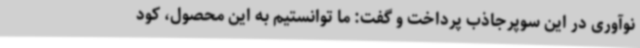
نوآوری در این سوپرجاذب پرداخت و گفت: ما توانستیم به این محصول، کود